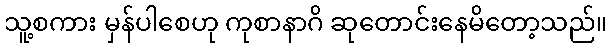
သူ့စကား မှန်ပါစေဟု ကုစာနာဂိ ဆုတောင်းနေမိတော့သည်။